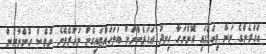
އަހަރެންގެ ނަން މިކަމުގައި އޮންނަހާ ހިނދު އަހަރެންނަށް ބަލަހައްޓައިގެން ނުހުރެވޭނެ ނުވެސް ހުންނާނަން